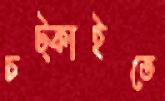
চট্‌কাইতে